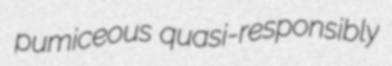
pumiceous quasi-responsibly